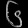
Digit: ၆